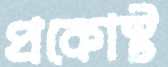
প্রকোস্ট